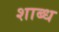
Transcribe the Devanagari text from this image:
शाब्ध